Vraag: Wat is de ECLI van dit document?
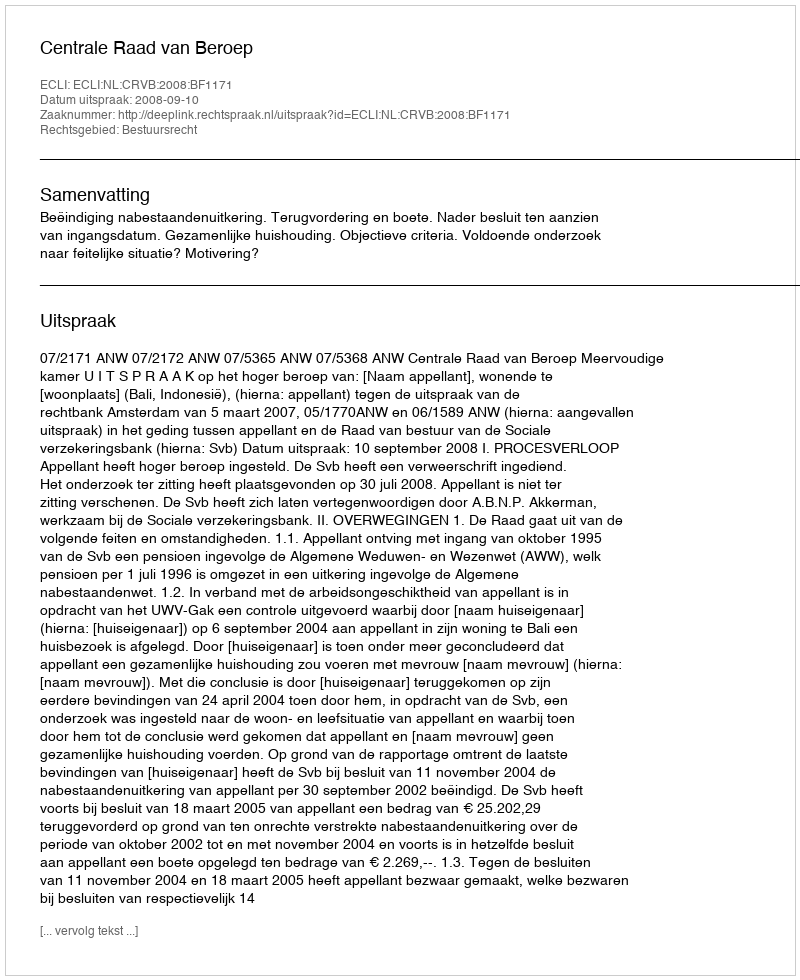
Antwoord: ECLI:NL:CRVB:2008:BF1171